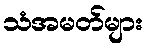
သံအမတ်များ